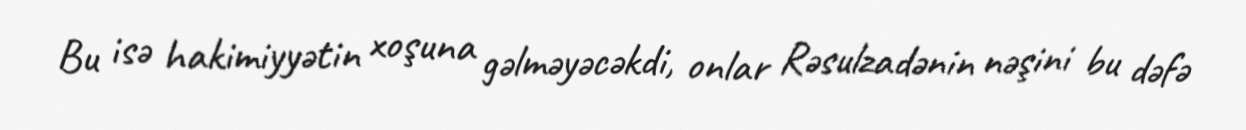
Bu isə hakimiyyətin xoşuna gəlməyəcəkdi, onlar Rəsulzadənin nəşini bu dəfə